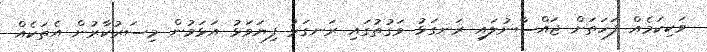
ވަކިކަމެއް ފަހަތަށް ޖައްސާނުލައި ރަނގަޅު ވަގުތުގައި ރަނގަޅު ފިޔަވަޅު އަޅަމުން މިސަރުކާރުން އެތަކެއް